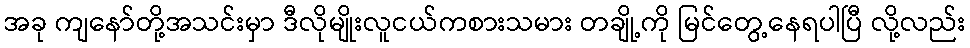
အခု ကျနော်တို့အသင်းမှာ ဒီလိုမျိုးလူငယ်ကစားသမား တချို့ကို မြင်တွေ့နေရပါပြီ လို့လည်း